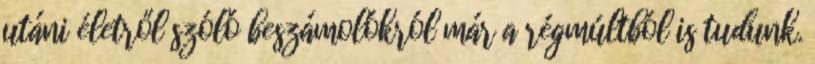
utáni életről szóló beszámolókról már a régmúltból is tudunk.